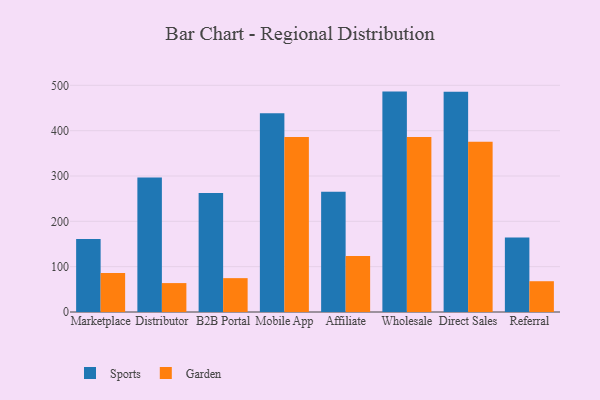
{"axis": {"x": "Channel", "y": "Headcount"}, "legend": ["Garden", "Sports"], "data": [{"x": "Marketplace", "y": 161.3, "type": "Sports"}, {"x": "Marketplace", "y": 86.2, "type": "Garden"}, {"x": "Distributor", "y": 296.8, "type": "Sports"}, {"x": "Distributor", "y": 63.8, "type": "Garden"}, {"x": "B2B Portal", "y": 262.6, "type": "Sports"}, {"x": "B2B Portal", "y": 74.7, "type": "Garden"}, {"x": "Mobile App", "y": 438.3, "type": "Sports"}, {"x": "Mobile App", "y": 386.3, "type": "Garden"}, {"x": "Affiliate", "y": 265.5, "type": "Sports"}, {"x": "Affiliate", "y": 123.6, "type": "Garden"}, {"x": "Wholesale", "y": 486.2, "type": "Sports"}, {"x": "Wholesale", "y": 385.9, "type": "Garden"}, {"x": "Direct Sales", "y": 485.6, "type": "Sports"}, {"x": "Direct Sales", "y": 375.7, "type": "Garden"}, {"x": "Referral", "y": 164.5, "type": "Sports"}, {"x": "Referral", "y": 67.9, "type": "Garden"}]}